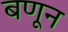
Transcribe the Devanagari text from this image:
बणून